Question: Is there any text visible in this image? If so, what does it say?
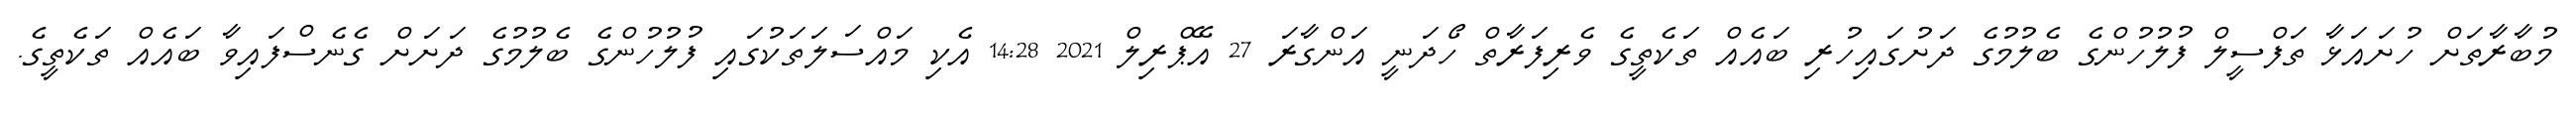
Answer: މުބާރާތަށް ހުށައަޅާ ތަފްސީލް ފުލުހުންގެ ބެލުމުގެ ދަށުގައިހުރި ބައެއް ތަކެތީގެ ވެރިފަރާތް ހޯދަނީ އަންގާރަ 27 އޭޕްރިލް 2021 14:28 އެކި މައްސަލަތަކުގައި ފުލުހުންގެ ބެލުމުގެ ދަށަށް ގެނެސްފައިވާ ބައެއް ތަކެތީގެ.